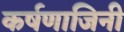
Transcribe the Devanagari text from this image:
कर्षणाजिनी